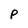
Character: p